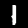
Digit: 1